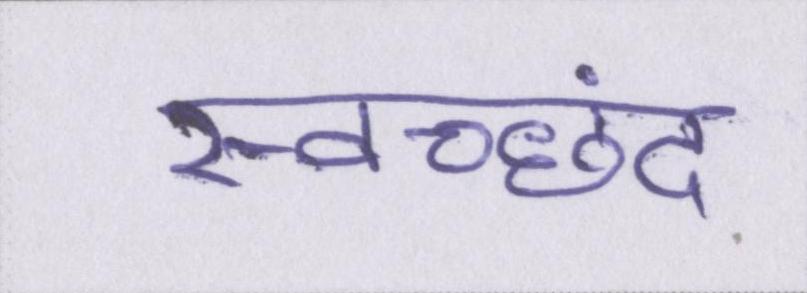
स्वच्छंद